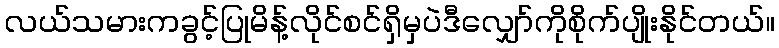
လယ်သမားကခွင့်ပြုမိန့်လိုင်စင်ရှိမှပဲဒီလျှော်ကိုစိုက်ပျိုးနိုင်တယ်။